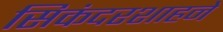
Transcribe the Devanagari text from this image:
सिकंदरशाहने